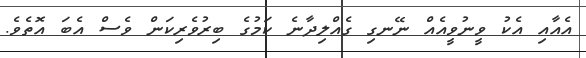
އެއާއި އެކު ވީނުވީއެއް ނޭނގި ގެއްލިދާނެ ކަމުގެ ބިރުވެރިކަން ވެސް އެބަ އޮތެވެ.